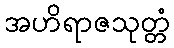
အဟိရာဇသုတ္တံ